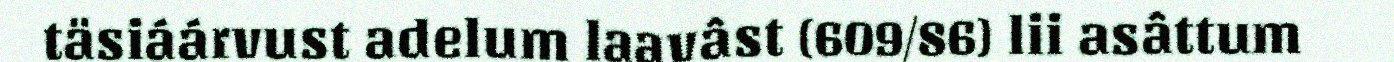
täsiáárvust adelum laavâst (609/86) lii asâttum